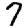
Digit: 7